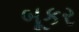
બૂકર